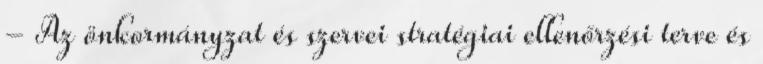
- Az önkormányzat és szervei stratégiai ellenőrzési terve és